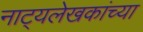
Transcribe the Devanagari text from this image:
नाट्यलेखकांच्या